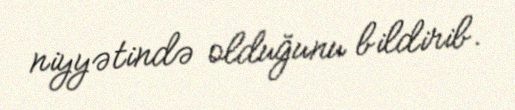
niyyətində olduğunu bildirib.